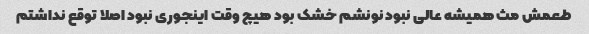
طعمش مث همیشه عالی نبود نونشم خشک بود هیچ وقت اینجوری نبود اصلا توقع نداشتم